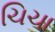
ચિચા